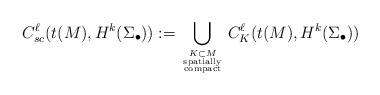
LaTeX: \begin{align*}C^\ell_{sc}(t(M),H^k(\Sigma_\bullet)):=\bigcup_{K\subset M \atop {\mathrm{spatially} \atop \mathrm{compact}}} C^\ell_K(t(M),H^k(\Sigma_\bullet))\end{align*}